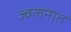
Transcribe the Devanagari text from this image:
ज्वलनात